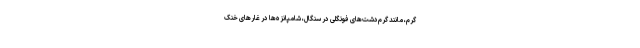
گرم، مانند گرم‌دشت‌های فونگُلی در سنگال، شامپانزه‌ها در غارهای خنک